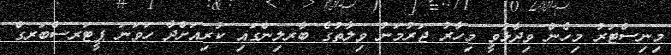
މިނިސްޓަރު މިހެން ވިދާޅުވީ މިހާރު ޖަރުމަނު ވިލާތުގެ ބާރލިންގައި ކުރިއަށްދާ ހަވަނަ ޕީޓަރސްބަރގް